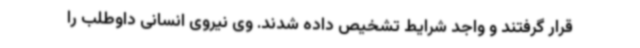
قرار گرفتند و واجد شرایط تشخیص داده شدند. وی نیروی انسانی داوطلب را